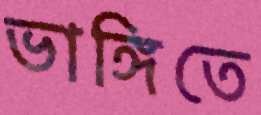
ভাঙ্গিতে